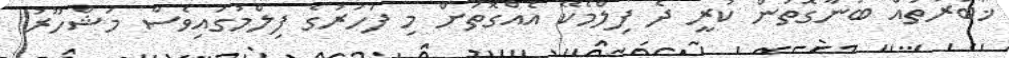
ޚަބަރުތައް ބުނާގޮތުން ކުރީ ދެ ފިލްމެކޭ އެއްގޮތަށް މި ފަހަރުގެ ފިލްމުގައިވެސް މަޝްހޫރު